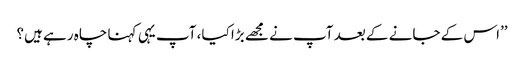
’’اس کے جانے کے بعد آپ نے مجھے بڑا کیا، آپ یہی کہنا چاہ رہے ہیں؟